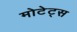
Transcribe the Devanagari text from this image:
मोटेट्स